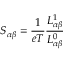
S _ { \alpha \beta } = \frac { 1 } { e T } \frac { L _ { \alpha \beta } ^ { 1 } } { L _ { \alpha \beta } ^ { 0 } }